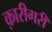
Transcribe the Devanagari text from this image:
क़ारीगरी